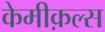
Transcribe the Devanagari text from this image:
केमीक़ल्स